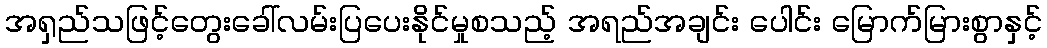
အရှည်သဖြင့်တွေးခေါ်လမ်းပြပေးနိုင်မှုစသည့် အရည်အချင်း ပေါင်း မြောက်မြားစွာနှင့်